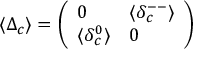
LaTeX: \left< \Delta _ { c } \right> = \left( \begin{array} { l l } { { 0 } } & { { \langle \delta _ { c } ^ { -- } \rangle } } \\ { { \langle \delta _ { c } ^ { 0 } \rangle } } & { { 0 } } \end{array} \right)